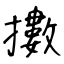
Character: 擻